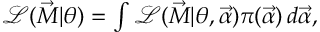
\begin{array} { r } { \mathcal { L } ( \vec { M } | \theta ) = \int \mathcal { L } ( \vec { M } | \theta , \vec { \alpha } ) \pi ( \vec { \alpha } ) \, d \vec { \alpha } , } \end{array}